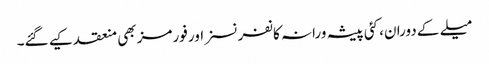
میلے کے دوران، کئی پیشہ ورانہ کانفرنسز اور فورمز بھی منعقد کیے گئے۔